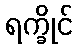
ရက္ခိုင်